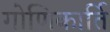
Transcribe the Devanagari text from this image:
गोणिकार्ति